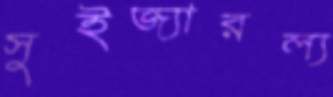
সুইজ্যারল্য